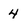
Character: 4